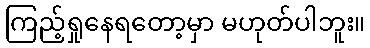
ကြည့်ရှုနေရတော့မှာ မဟုတ်ပါဘူး။